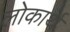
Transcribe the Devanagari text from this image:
लोकार्थ